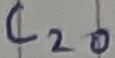
Text: C20